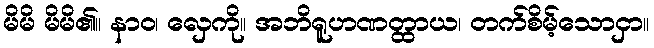
မိမိ မိမိ၏။ နာဝ၊ လှေကို။ အဘိရူဟဏတ္ထာယ၊ တက်စိမ့်သောငှာ။